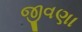
જીવણા